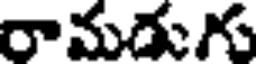
రామడుగు